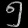
Digit: ၅